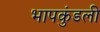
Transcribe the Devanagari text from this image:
भापकुंडली